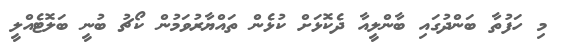
މި ހަފުތާ ބަންދުގައި ބާންލީއާ ދެކޮޅަށް ކުޅެން ތައްޔާރުވަމުން ކޯޗު ބުނީ ބަލޮޓެއްލީ